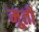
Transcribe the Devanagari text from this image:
मूतीं